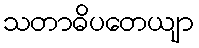
သတာဓိပတေယျာ